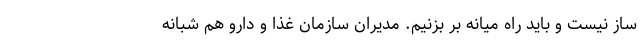
ساز نیست و باید راه میانه بر بزنیم. مدیران سازمان غذا و دارو هم شبانه